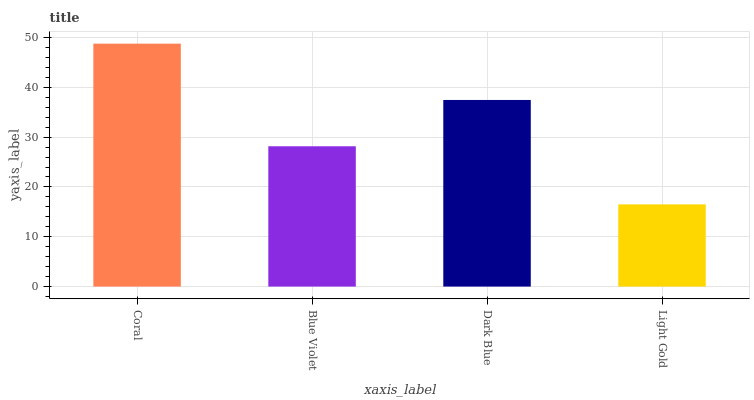
| xaxis_label | bars |
 | --- | --- |
 | Coral | 48.8 |
 | Blue Violet | 28.2 |
 | Dark Blue | 37.5 |
 | Light Gold | 16.5 |